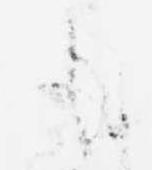
も